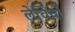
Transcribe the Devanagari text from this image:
लेवियों